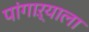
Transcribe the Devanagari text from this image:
पांगाऱ्याला